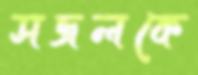
সজলকে